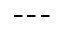
- - -